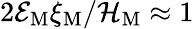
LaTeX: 2{\cal E}_{\mathrm{M}}\xi_{\mathrm{M}}/{\cal H}_{\mathrm{M}}\approx 1